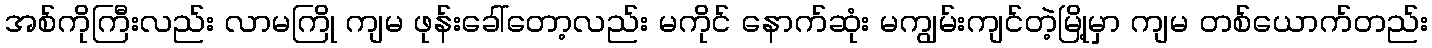
အစ်ကိုကြီးလည်း လာမကြို ကျမ ဖုန်းခေါ်တော့လည်း မကိုင် နောက်ဆုံး မကျွမ်းကျင်တဲ့မြို့မှာ ကျမ တစ်ယောက်တည်း